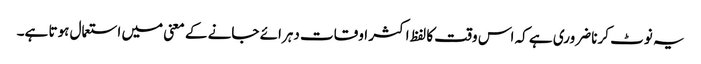
یہ نوٹ کرنا ضروری ہے کہ اس وقت کا لفظ اکثر اوقات دہرائے جانے کے معنی میں استعمال ہوتا ہے۔